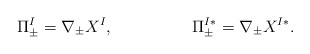
\begin{align*}\Pi_\pm^I=\nabla_\pm X^I, \hskip 2truecm\Pi_\pm^{I*}=\nabla_\pm X^{I*}.\end{align*}